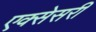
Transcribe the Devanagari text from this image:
एक्सेसरी